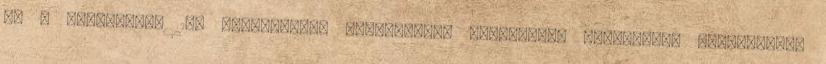
le a panelházak 10. emeletéről, kiöregedett színésznők vérfertőző kapcsolatot